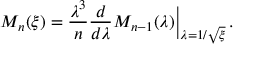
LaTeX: M _ { n } ( \xi ) = \frac { \lambda ^ { 3 } } { n } \frac { d } { d \lambda } M _ { n - 1 } ( \lambda ) { \Big | } _ { \lambda = 1 / \sqrt { \xi } } \, .